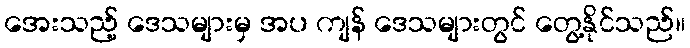
အေးသည့် ဒေသများမှ အပ ကျန် ဒေသများတွင် တွေ့နိုင်သည်။